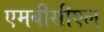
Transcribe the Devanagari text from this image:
एमबीसीएल